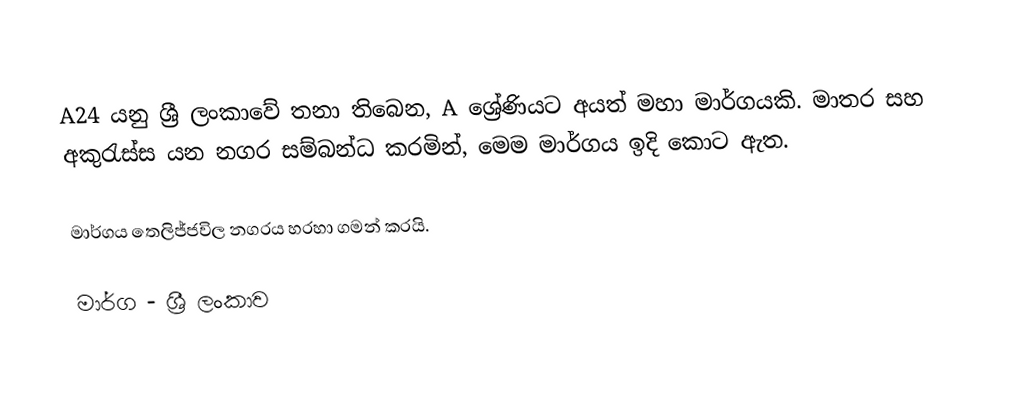
A24 යනු ශ්‍රී ලංකාවේ තනා තිබෙන, A ශ්‍රේණියට අයත් මහා මාර්ගයකි. මාතර සහ අකුරැස්ස යන නගර සම්බන්ධ කරමින්, මෙම මාර්ගය ඉදි කොට ඇත.

මාර්ගය තෙලිජ්ජවිල නගරය හරහා ගමන් කරයි.

මාර්ග - ශ්‍රී ලංකාව